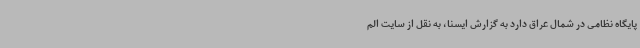
پایگاه نظامی در شمال عراق دارد به گزارش ایسنا، به نقل از سایت الم